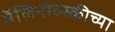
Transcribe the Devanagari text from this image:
मॅलिनोव्स्कीच्या